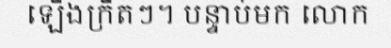
ឡើងក្រឺតៗ។ បន្ទាប់មក លោក